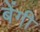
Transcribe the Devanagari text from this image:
बेंगी